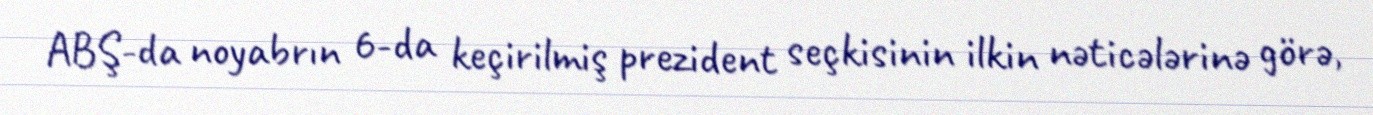
ABŞ-da noyabrın 6-da keçirilmiş prezident seçkisinin ilkin nəticələrinə görə,